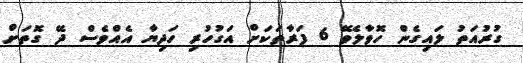
ގުރުއަތު ލައިގެން ހޮވާލެވޭ 6 ފަރާތަކަށް އަގުހުރި ހަދިޔާ އެއްވެސް ދޭ ގޮތަށް